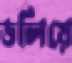
ডলিয়ে